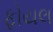
ફોયલ